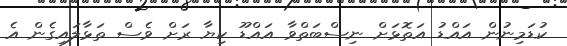
ކުޑަމިނުން އައްޑު އަތޮޅަށް ނިސްބަތްވާ އައްޑޫ ކިޔާ ރަށް ވެސް ތަޅާލައިގެން އެ